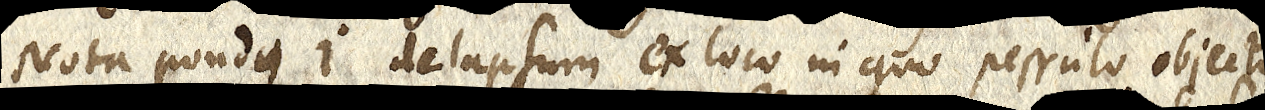
Nota pondus i delapsum ex loco in quo pessulo objecto